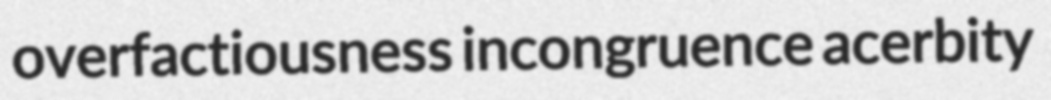
overfactiousness incongruence acerbity